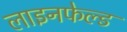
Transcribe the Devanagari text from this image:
लाइनफेल्ड